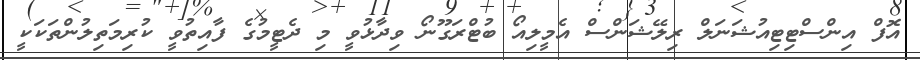
އޮފް އިންސްޓިޓިއުޝަނަލް ރިލޭޝަންސް އެމީލިއޯ ބުޓްރަގޫނޯ ވިދާޅުވީ މި ދެޓީމުގެ ފާއިތުވީ ކުރިމަތިލުންތަކަކީ